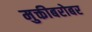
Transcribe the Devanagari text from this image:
मुक्तीबरोबर